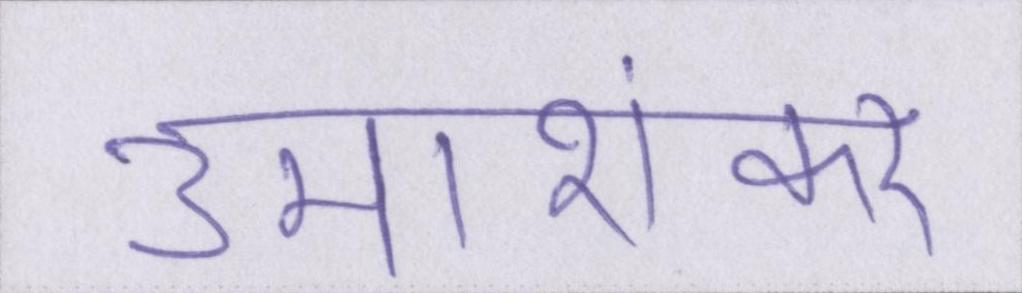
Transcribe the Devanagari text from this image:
उमाशंकर